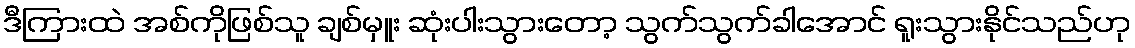
ဒီကြားထဲ အစ်ကိုဖြစ်သူ ချစ်မှူး ဆုံးပါးသွားတော့ သွက်သွက်ခါအောင် ရူးသွားနိုင်သည်ဟု